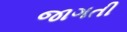
જાગતી